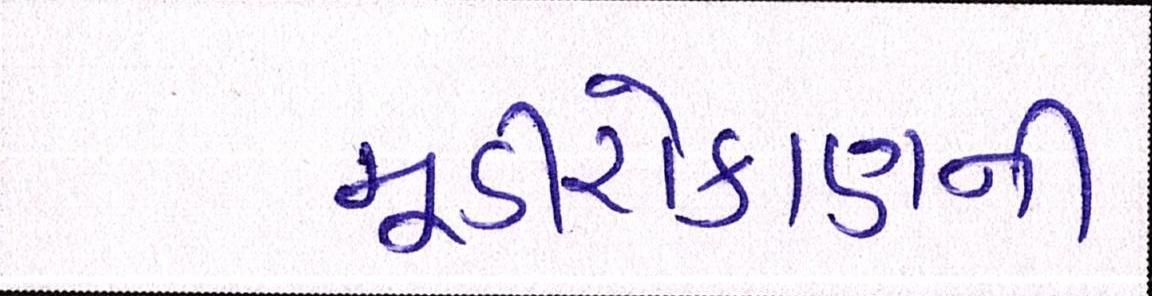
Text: મૂડીરોકાણની